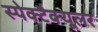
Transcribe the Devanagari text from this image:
स्पेक्टैक्यूलर